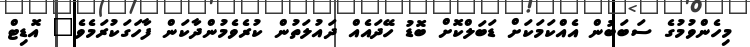
މިހެންވުމުގެ ސަބަބުން އެއްކަމަކަށް ޑަބަލްކޮށް ބޮޑު ހޭދައެއް ދައުލަތުން ކުރެވެމުންދާކަން ފާހަގަކުރަމެވެ" އޮޑިޓް